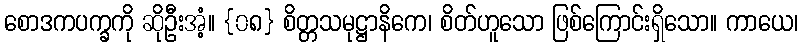
စောဒကပက္ခကို ဆိုဦးအံ့။ {၀၈} စိတ္တသမုဋ္ဌာနိကေ၊ စိတ်ဟူသော ဖြစ်ကြောင်းရှိသော။ ကာယေ၊